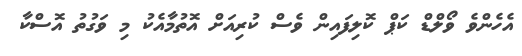
އެހެންވެ ވޯލްޑް ކަޕް ކޮލިފައިން ވެސް ކުރިއަށް އޮތުމާއެކު މި ވަގުތު އޮސްކާ